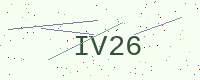
Text: IV26